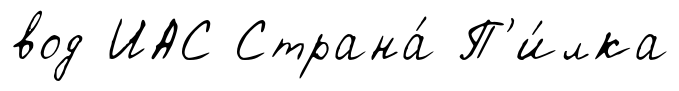
вод ИАС Страна́ П'и́лка